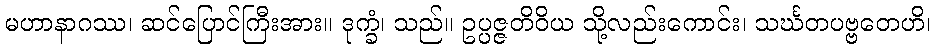
မဟာနာဂဿ၊ ဆင်ပြောင်ကြီးအား။ ဒုက္ခံ၊ သည်။ ဥပ္ပဇ္ဇတိဝိယ သို့လည်းကောင်း၊ သင်္ဃတပဗ္ဗတေဟိ၊